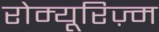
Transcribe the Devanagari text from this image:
रोम्यूरिज़्म